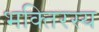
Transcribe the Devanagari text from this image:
भक्तिरस्य